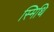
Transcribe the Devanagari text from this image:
स्मिथि